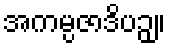
အကမ္ပဇာဒိပဉှ။